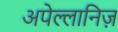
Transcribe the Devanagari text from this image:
अपेल्लानिज़